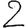
Digit: 2